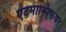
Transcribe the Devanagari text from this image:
एटमास्पिफयर